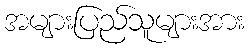
အများပြည်သူများအား